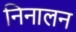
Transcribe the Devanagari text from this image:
निनालन